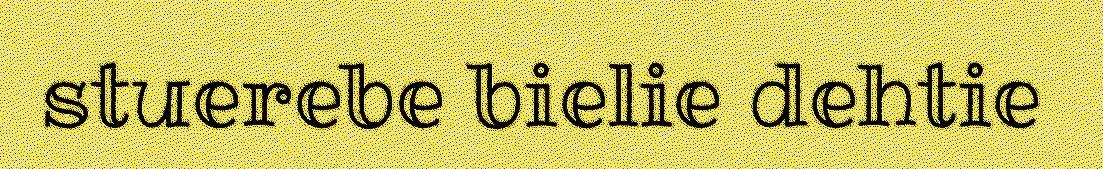
stuerebe bielie dehtie